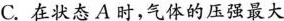
C.在状态A时，气体的压强最大